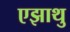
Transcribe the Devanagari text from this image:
एझाथु